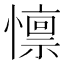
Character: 懔